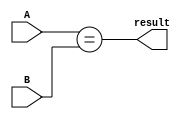

module EqualTo (A, B, result);
    parameter n = 8;
    input [n-1:0] A, B;
    output result;

    assign result = (A == B);

endmodule